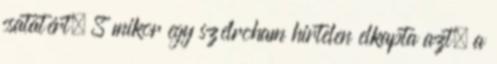
csatatért. S mikor egy szélroham hirtelen elkapta azt, a